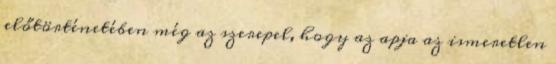
előtörténetében még az szerepel, hogy az apja az ismeretlen